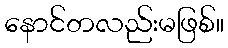
နောင်တလည်းမဖြစ်။